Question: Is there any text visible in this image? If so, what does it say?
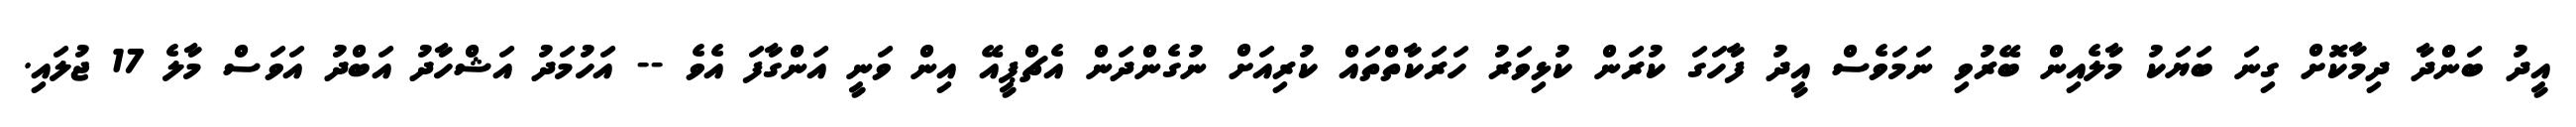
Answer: އީދު ބަންދާ ދިމާކޮށް ގިނަ ބަޔަކު މާލެއިން ބޭރުވި ނަމަވެސް އީދު ފާހަގަ ކުރަން ކުޅިވަރު ހަރަކާތްތައް ކުރިއަށް ނުގެންދަން އެޗްޕީއޭ އިން ވަނީ އަންގާފަ އެވެ -- އަހުމަދު އަޝްހާދު އަބްދު އަވަސް މާލެ 17 ޖުލައި.